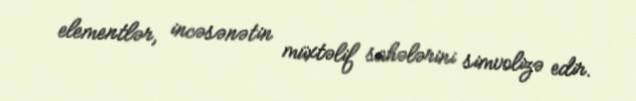
elementlər, incəsənətin müxtəlif sahələrini simvolizə edir.